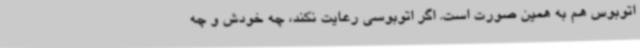
اتوبوس هم به همین صورت است. اگر اتوبوسی رعایت نکند، چه خودش و چه